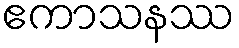
ဧကာသနဿ